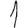
Digit: 1